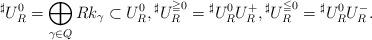
LaTeX: \begin{align*}{}^\sharp {U}_R^0=\bigoplus_{\gamma\in Q}R k_\gamma\subset U_R^0,{}^\sharp {U}_R^{\geqq0}={}^\sharp {U}_R^0U_R^+,{}^\sharp {U}_R^{\leqq0}={}^\sharp {U}_R^0U_R^-.\end{align*}